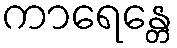
ကာရေန္တေ